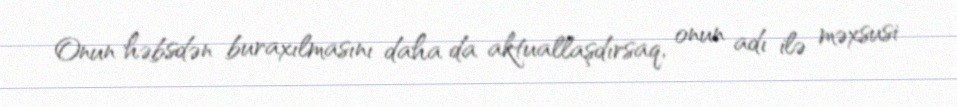
Onun həbsdən buraxılmasını daha da aktuallaşdırsaq, onun adı ilə məxsusi